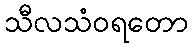
သီလသံဝရတော